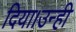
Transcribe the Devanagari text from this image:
दिया।उन्ही